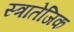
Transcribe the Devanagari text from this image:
स्त्रातेजिक